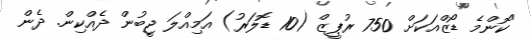
"ކޮންމެ ޑޯޒްއަކަށް 750 ރުޕީޒް (10 ޑޮލަރު) އަމިއްލަ ޖީބުން ދެއްކިން. ދެން